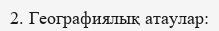
2. Географиялық атаулар: